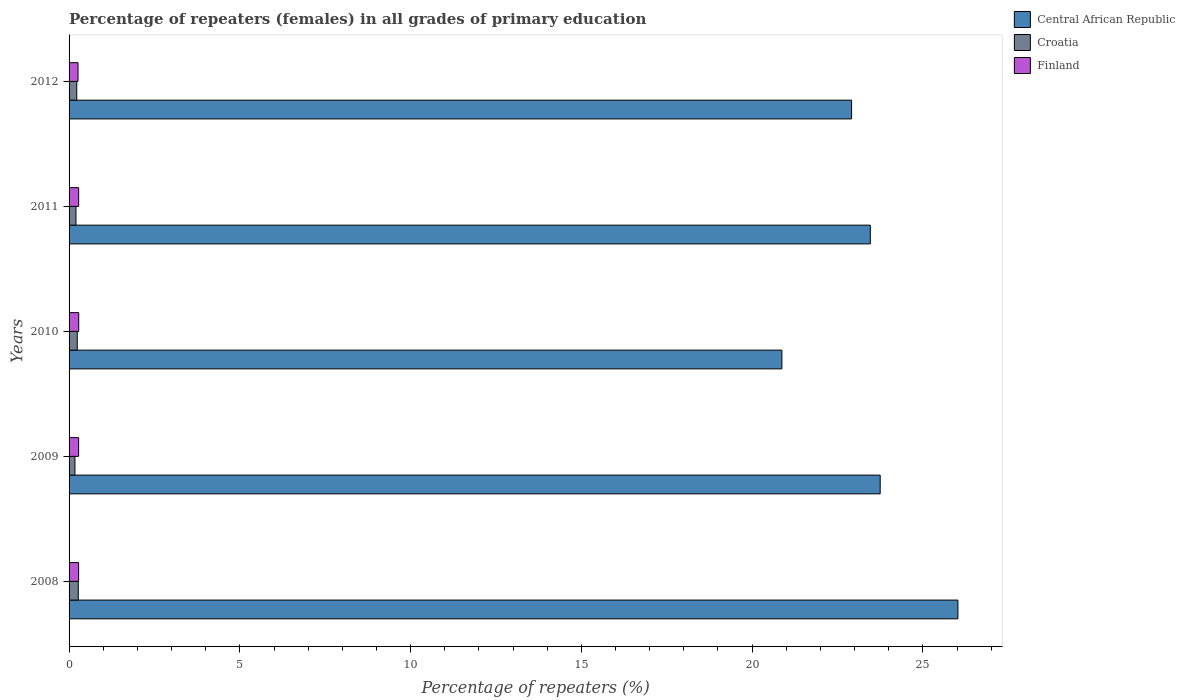
| Years | Central African Republic | Croatia | Finland |
 | --- | --- | --- | --- |
 | 2008 | 26 | 0.27 | 0.279 |
 | 2009 | 23.7 | 0.172 | 0.28 |
 | 2010 | 20.9 | 0.239 | 0.283 |
 | 2011 | 23.5 | 0.202 | 0.28 |
 | 2012 | 22.9 | 0.225 | 0.262 |